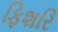
ફિશરિ